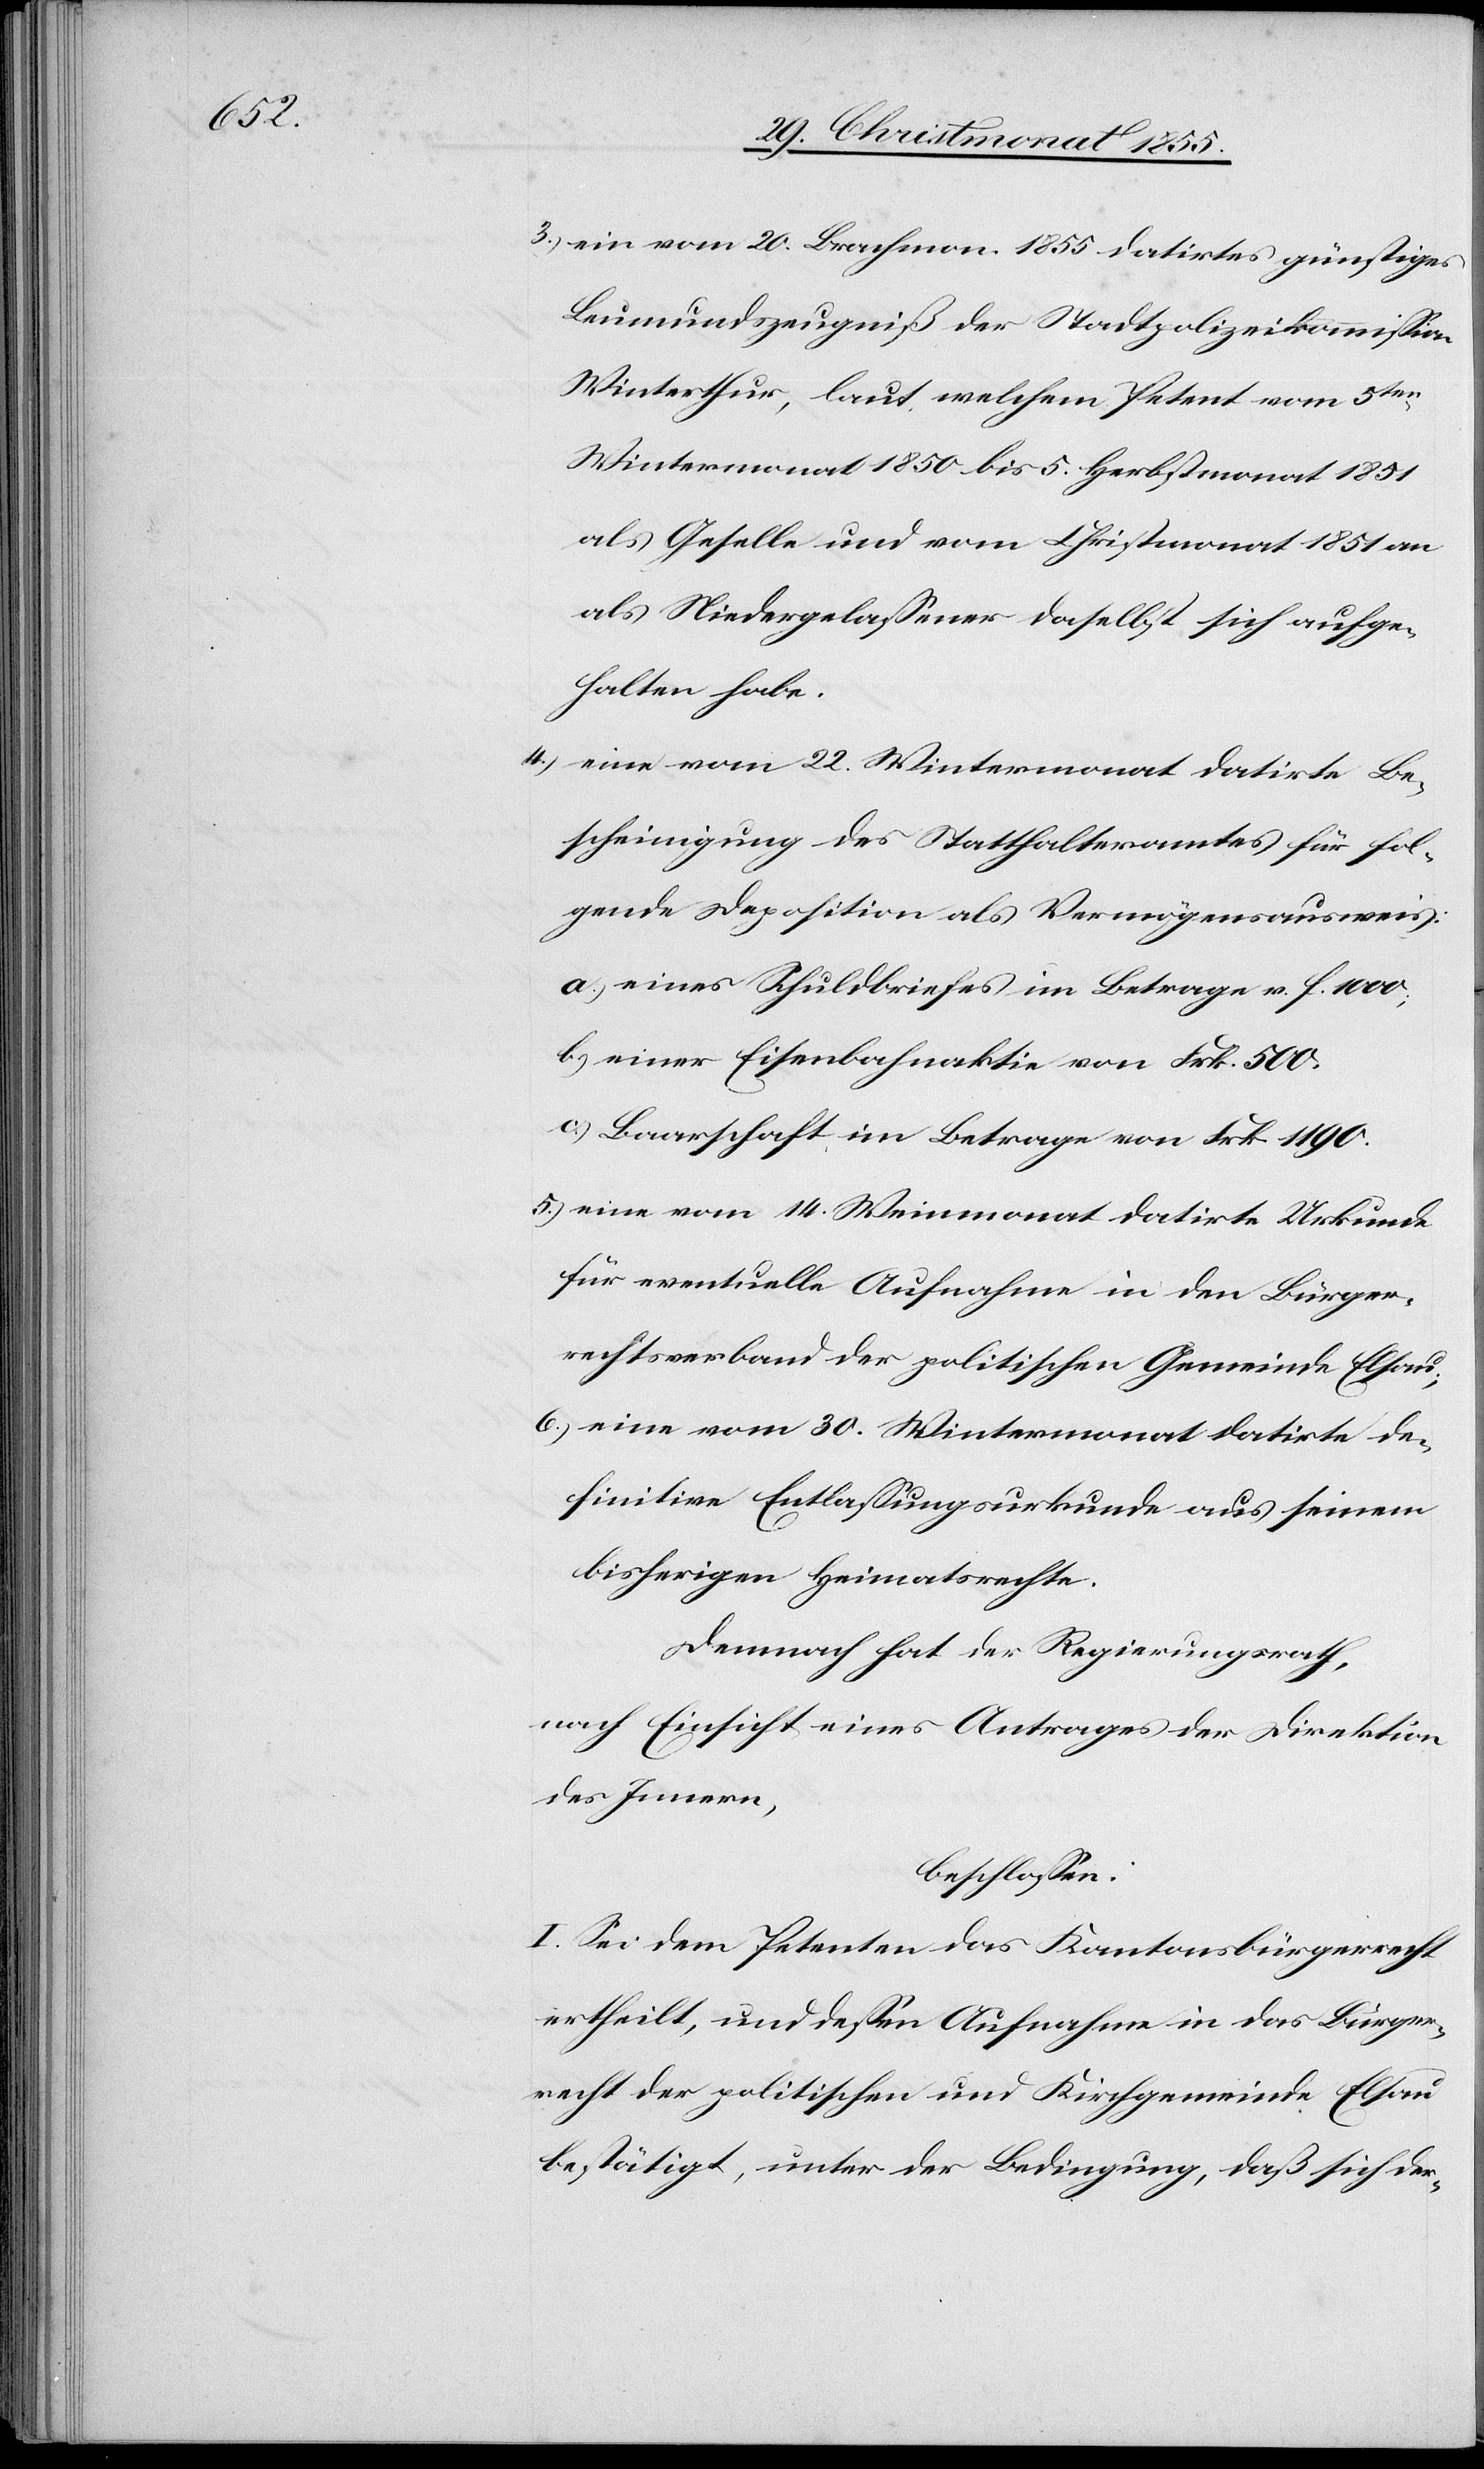
ein vom 20. Brachmon. 1855 datirtes günstiges
Leumundszeugniß der Stadtpolizeikommission
Winterthur, laut welchem Petent vom 5ten
Wintermonat 1850 bis 5. Herbstmonat 1851
als Geselle und vom Christmonat 1851 an
als Niedergelassener daselbst sich aufge¬
halten habe.
eine vom 22. Wintermonat datirte Be¬
scheinigung des Statthalteramtes für fol¬
gende Deposition als Vermögensausweis:
a.) eines Schuldbriefes im Betrage v. f. 1000;
b.) einer Eisenbahnaktie von Frk. 500.
c.) Baarschaft im Betrage von Frk. 1190.
eine vom 14. Weinmonat datirte Urkunde
für eventuelle Aufnahme in den Bürger¬
rechtsverband der politischen Gemeinde Elsau;
eine vom 30. Wintermonat datirte de¬
finitive Entlassungsurkunde aus seinem
bisherigen Heimatsrechte.
Demnach hat der Regierungsrath,
nach Einsicht eines Antrages der Direktion
des Innern,
beschlossen:
I. Sei dem Petenten das Kantonsbürgerrecht
ertheilt, und dessen Aufnahme in das Bürger¬
recht der politischen und Kirchgemeinde Elsau
bestätigt, unter der Bedingung, daß sich der-